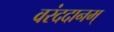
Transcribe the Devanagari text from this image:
वरंददानम्